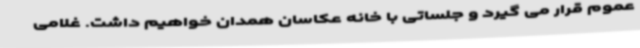
عموم قرار می گیرد و جلساتی با خانه عکاسان همدان خواهیم داشت. غلامی